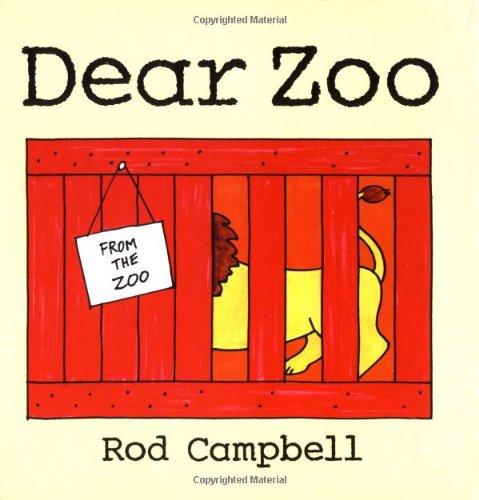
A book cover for Dear Zoo (Dear Zoo & Friends); Rod Campbell; Children's Books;